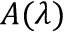
A ( \lambda )